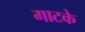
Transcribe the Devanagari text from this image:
गाटके